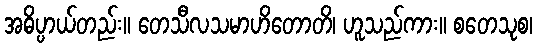
အဓိပ္ပာယ်တည်း။ တေသီလသမာဟိတောတိ၊ ဟူသည်ကား။ စတေသုစ၊